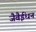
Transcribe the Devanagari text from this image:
जैवैईंधन